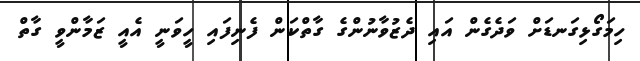
ހިމަގޯޅިގަނޑަށް ވަދެގެން އައި ދެޒުވާނުންގެ ގާތްކަން ފެނިފައި ހީވަނީ އެއީ ޒަމާންވީ ގާތް